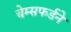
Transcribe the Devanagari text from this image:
चेम्सफर्डने